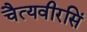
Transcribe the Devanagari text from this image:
चैत्यवीरसिं